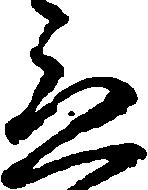
立